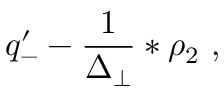
q _ { - } ^ { \prime } - \frac { 1 } { \Delta _ { \perp } } \ast \rho _ { 2 } \ ,